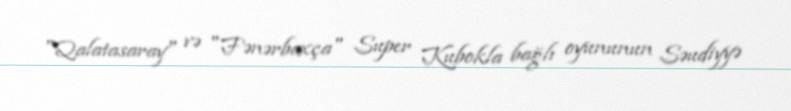
"Qalatasaray" və "Fənərbaxça" Super Kubokla bağlı oyununun Səudiyyə